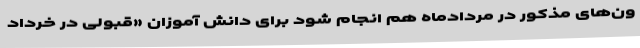
ون‌های مذکور در مردادماه هم انجام شود برای دانش آموزان «قبولی در خرداد